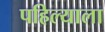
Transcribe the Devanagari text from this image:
पहिल्याला